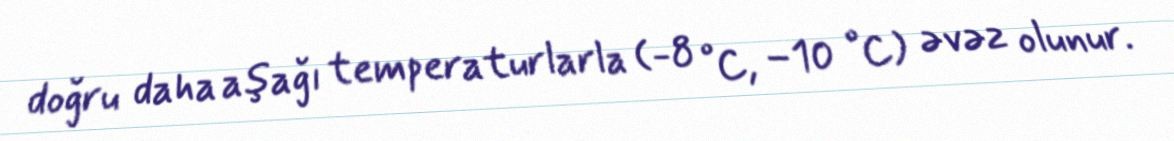
doğru daha aşağı temperaturlarla (-8 °C, −10 °C) əvəz olunur.